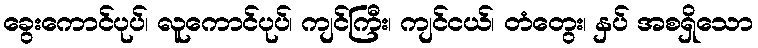
ခွေးကောင်ပုပ်၊ လူကောင်ပုပ်၊ ကျင်ကြီး၊ ကျင်ငယ်၊ တံတွေး၊ နှပ် အစရှိသော